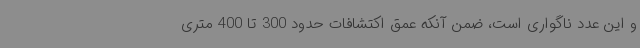
و این عدد ناگواری است، ضمن آنکه عمق اکتشافات حدود 300 تا 400 متری